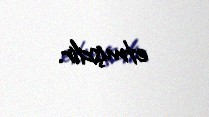
etmişdir.